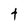
Character: t